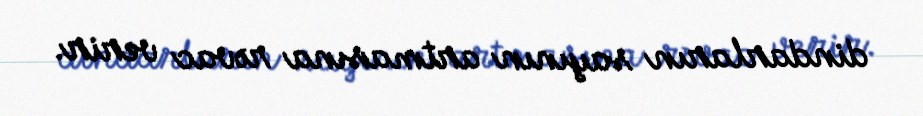
dindarların sayının artmasına rəvac verir.